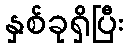
နှစ်ခုရှိပြီး